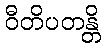
ဝီတိပတန္တိ